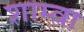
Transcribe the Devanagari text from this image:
शाम्वा